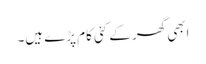
ابھی گھر کے کئی کام پڑے ہیں۔